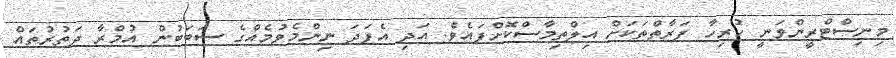
މިނިސްޓްރީންވަނީ ހުރިހާ ފަރާތްތަކަށް އިލްތިމާސްކޮށްފައެވެ. އަދި އެފަދަ ނިންމެވުމެއްގެ ސަބަބުން އުމްރާ ދަތުރުތައް